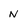
Character: N